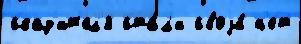
сказ'ит'ел'я ста́л'и своjи́ н'ет